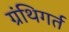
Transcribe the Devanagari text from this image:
ग्रंथिगर्त